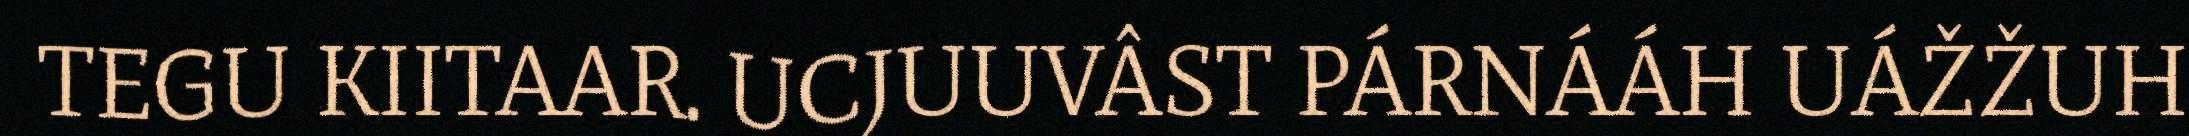
TEGU KIITAAR. UCJUUVÂST PÁRNÁÁH UÁŽŽUH